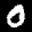
Label: 0